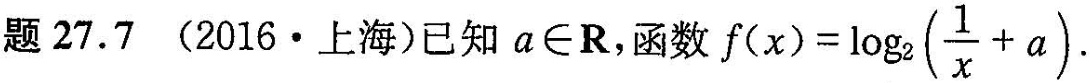
题27.7(2016·上海)已知$$a\inR$$，函数 $$f(x)= \log _{2}( \frac{1}{x}+a)$$.